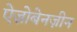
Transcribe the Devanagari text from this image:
ऐज़ोबेनज़ीन